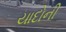
યાદોની